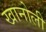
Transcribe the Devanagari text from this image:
खानोली